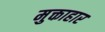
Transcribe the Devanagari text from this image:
मुक्ताहार